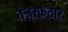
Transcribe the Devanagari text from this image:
तेज़रफ़्तार